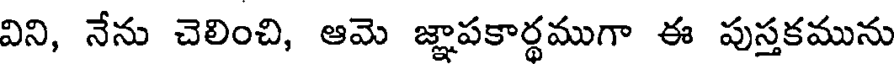
విని, నేను చెలించి, ఆమె జ్ఞాపకార్థముగా ఈ పుస్తకమును